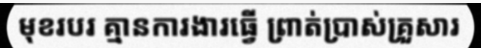
មុខរបរ គ្មានការងារធ្វើ ព្រាត់ប្រាស់គ្រួសារ